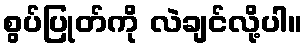
စွပ်ပြုတ်ကို လဲချင်လို့ပါ။